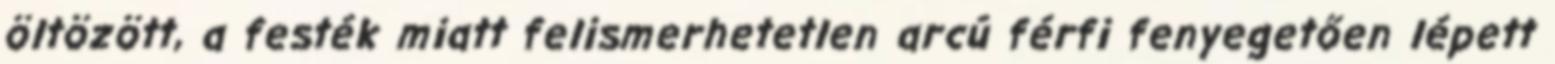
öltözött, a festék miatt felismerhetetlen arcú férfi fenyegetően lépett